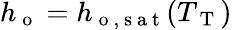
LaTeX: h_{\mathrm{~o~}}=h_{\mathrm{~o~,~s~a~t~}}(T_{\mathrm{~T~}})